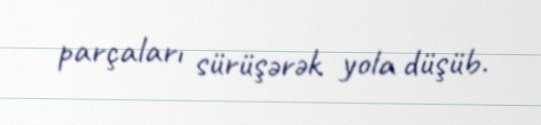
parçaları sürüşərək yola düşüb.